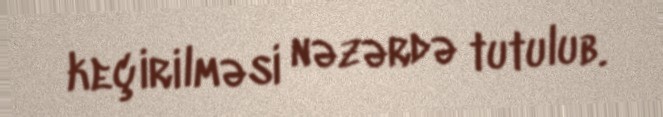
keçirilməsi nəzərdə tutulub.